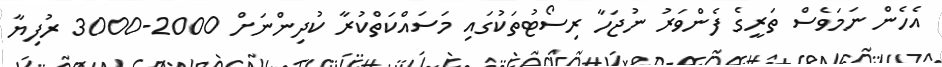
އެހެން ނަމަވެސް ތަރީގެ ފެންވަރު ނުޖަހާ ރިސޯޓުތަކުގައި މަސައްކަތްކުރާ ކުދިންނަށް 2000-3000 ރުފިޔާ